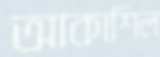
আকাশিল